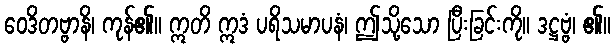
ဝေဒိတဗ္ဗာနိ၊ ကုန်၏။ ဣတိ ဣဒံ ပရိသမာပနံ၊ ဤသို့သော ပြီးခြင်းကို။ ဒဋ္ဌဗ္ဗံ၊ ၏။